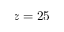
z = 2 5